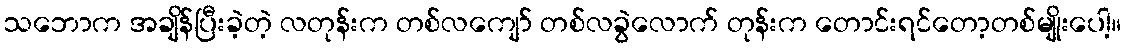
သဘောက အချိန်ပြီးခဲ့တဲ့ လတုန်းက တစ်လကျော် တစ်လခွဲလောက် တုန်းက တောင်းရင်တော့တစ်မျိုးပေါ့။